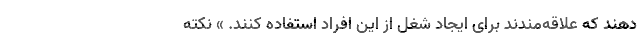
دهند که علاقه‌مندند برای ایجاد شغل از این افراد استفاده کنند. » نکته